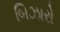
બિઝારો